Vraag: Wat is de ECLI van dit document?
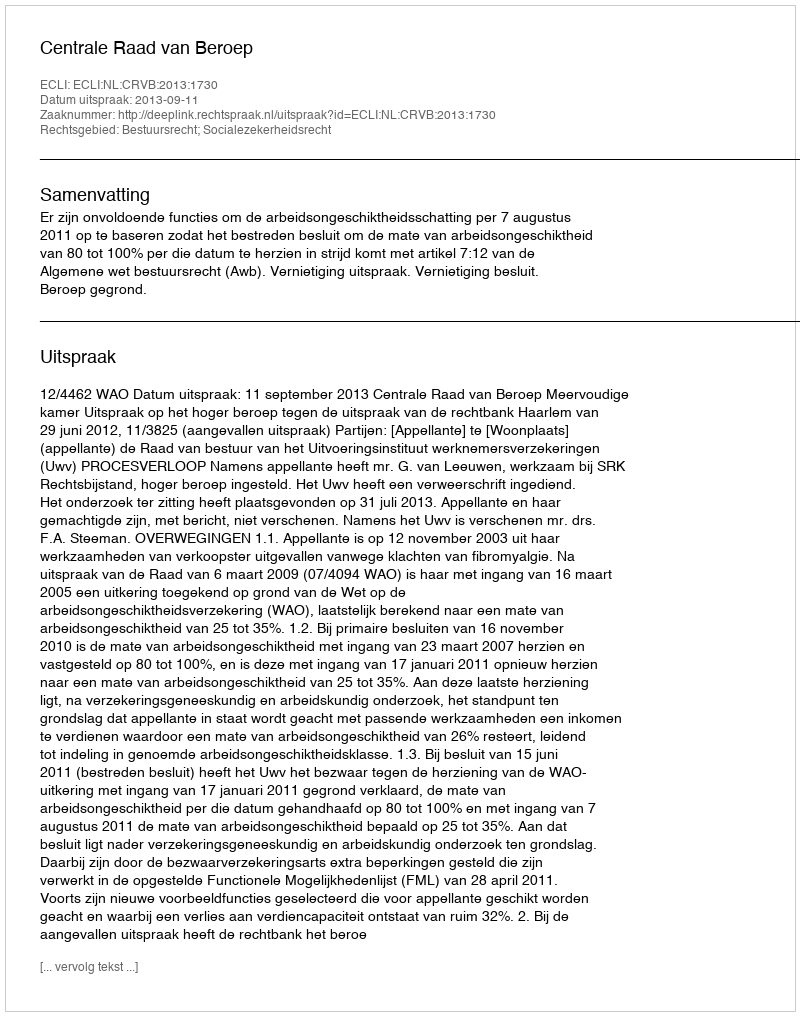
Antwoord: ECLI:NL:CRVB:2013:1730